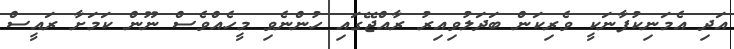
އަދި އެމަނިކުފާނަކީ ވެރިކަން ބަދަލުވިއިރު ރާއްޖޭގައި ހުންނެވި މީހެއްވެސް ނޫން ކަމަށާ ރައީސް